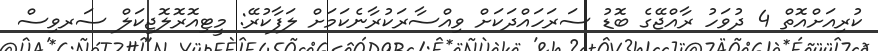
ކުރިއަށްއޮތް 4 ދުވަހު ރާއްޖޭގެ ބޮޑު ސަރަހައްދަކަށް ވިއްސާރަކުރާނެކަމަށް ލަފާކުރޭ: މީޓިއޮރޮލޮޖިކަލް ސަރވިސް